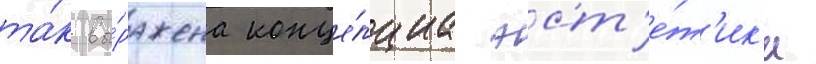
та́к вы́ражена конце́пциа эст'е́т'ик'и